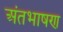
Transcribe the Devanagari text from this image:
अंतभाषण